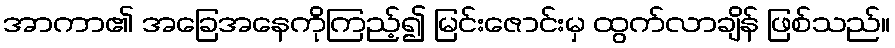
အာကာ၏ အခြေအနေကိုကြည့်၍ မြင်းဇောင်းမှ ထွက်လာချိန် ဖြစ်သည်။